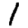
Digit: 1